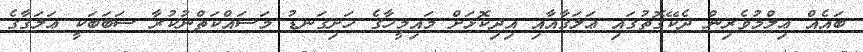
ބައެއް ޢިލްމުވެރިން ދެކޭގޮތުގައި ޢަލަޤާއާއި އިދިކޮޅަށް މައިމީހާގެ ހަށިގަނޑު މަސައްކަތްނުކުރާ ސަބަބަކީ ޢަލަޤާގެ